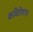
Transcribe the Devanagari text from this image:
कवितेलाच